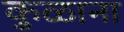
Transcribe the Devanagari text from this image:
कुळाना